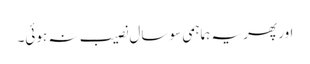
اور پھر یہ ہماہمی سو سال نصیب نہ ہوئی۔